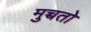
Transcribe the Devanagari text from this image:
मुच्चतो